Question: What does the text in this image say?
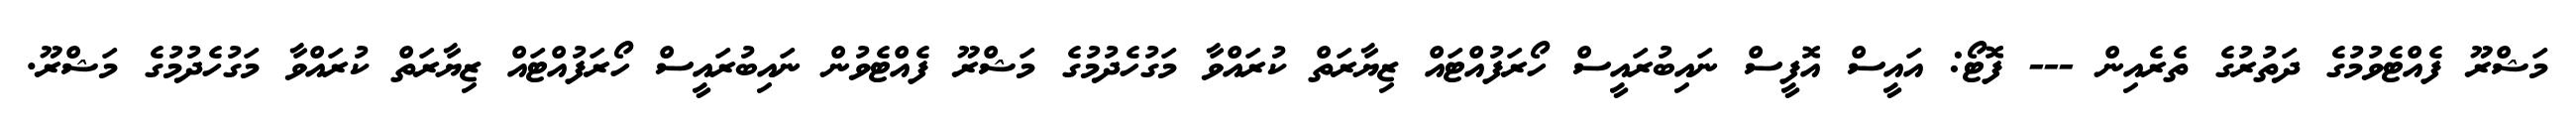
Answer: މަޝްރޫ ފެއްޓެވުމުގެ ދަތުރުގެ ތެރެއިން --- ފޮޓޯ: އައީސް އޮފީސް ނައިބުރައީސް ހޯރަފުއްޓައް ޒިޔާރަތް ކުރައްވާ މަގުހެދުމުގެ މަޝްރޫ ފެއްޓެވުން ނައިބުރައީސް ހޯރަފުއްޓައް ޒިޔާރަތް ކުރައްވާ މަގުހެދުމުގެ މަޝްރޫ.